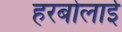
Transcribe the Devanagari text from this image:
हरबोलाई